Annual administration report of the Civil Veterinary Department of India - 1897-1898
Year: 1897
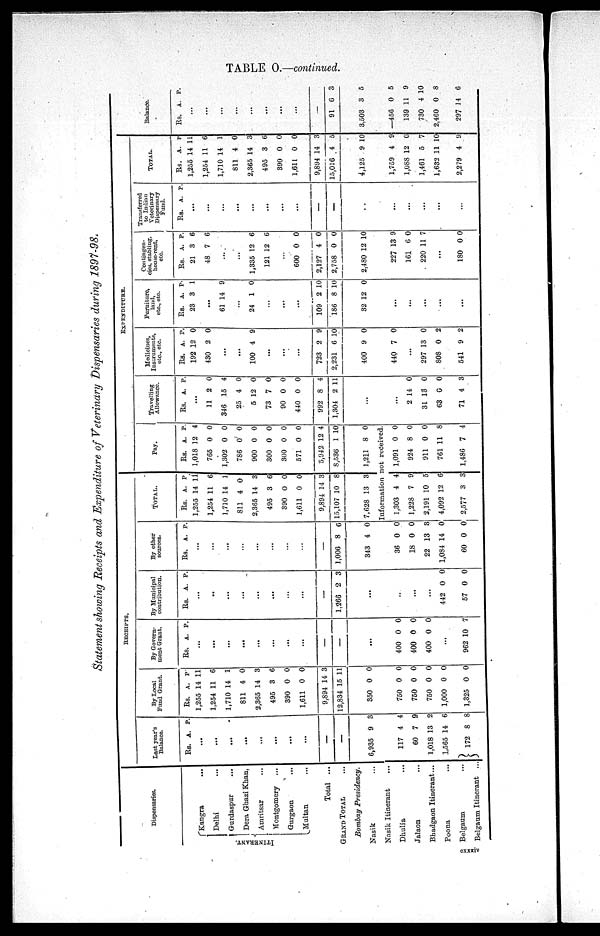
TABLE O.—continued.
Statement showing Receipts and Expenditure of Veterinary Dispensaries during 1897-98.
Dispensaries.
ITINERANT.
Kangra ...
Delhi ...
Gurdaspur
...
Dera Ghazi Khan,
Amritsar ...
Montgomery ...
Gnrgaon
...
Multan ...
Total
...
GRAND TOTAL ...
Bombay
Presidency.
Nasik ...
Nasik Itinerant ...
Dhulia ...
Jalaon ...
Bhadgaon Itinerant ...
Poona ...
Belgaum ...
Belgaum Itinerant
...
RECEIPTS.
Last year's
Balance.
Rs.
...
...
...
...
...
...
...
...
—
—
6,935
117
60
1,018
1,565
172
A.
9
4
7
13
14
8
P.
3
4
9
2
6
8
By Local
Fund Grant.
Rs.
1,255
1,254
1,710
811
2,365
495
390
1,611
9,894
12,834
350
750
750
750
1,000
1,325
A.
14
11
14
4
14
3
0
0
14
15
0
0
0
0
0
0
P
11
6
1
0
3
6
0
0
3
11
0
0
0
0
0
0
By Govern-
ment Grant.
Rs.
...
...
...
...
...
...
...
...
—
—
...
400
400
400
...
962
A.
0
0
0
10
P.
0
0
0
7
By Municipal
contribution.
Rs.
...
...
...
...
...
...
...
...
—
1,266
...
...
...
...
442
57
A.
2
0
0
P.
3
0
0
By other
sources.
Rs.
...
...
...
...
...
...
...
...
—
1,006
343
36
18
22
1,084
60
A.
8
4
0
0
13
14
0
P.
6
0
0
0
3
0
0
TOTAL.
Rs.
1,255
1,254
1,710
811
2,365
495
390
1,611
9,894
15,107
7,628
A.
14
11
14
4
14
3
0
0
14
10
13
P.
11
6
1
0
3
6
0
0
3
8
3
EXPENDITURE.
Pay.
Rs.
1,018
765
1,302
786
900
300
300
571
5,942
8,536
1,211
A.
12
0
0
0
0
0
0
0
12
1
8
P.
4
0
0
0
0
0
0
0
4
10
0
Information not received.
1,303
1,228
2,191
4,092
2,577
4
7
10
12
3
4
9
5
6
3
1,091
924
911
761 1
1,486
0
8
0
1
7
0
0
0
8
4
Travelling
Allowances.
Rs.
...
11
346
25
5
73
90
440
992
1,304
...
...
2
31
63
71
A.
2
15
4
12
7
0
0
8
2
14
13
0
4
P.
0
4
0
0
0
0
0
4
11
0
0
0
3
Medicines,
Instruments
etc., etc.
Rs.
192
430
...
...
100
...
...
...
723
2,231
400
440
...
297 1
808
541
A.
12
2
4
2
6
9
7
3
0
9
P.
0
0
9
9
10
0
0
0
2
2
Furniture
lanand
etc., etc.
Rs.
23
...
61
...
24
...
...
...
109
186
32
...
...
...
...
...
A.
3
14
1
2
8
12
P.
1
9
0
10
10
0
Contingen-
cies, stabling,
house-rent
etc.
Rs.
21
48
...
...
1,335
121
600
2,127
2,758
2,480 1
227
161
220
...
180
A.
3
7
12
12
0
4
0
2 1
13
6
11
0
P.
6
6
6
6
0
0
0
0
9
0
7
0
Transferred
to Indian
Veterinary
Dispensary
Fund.
Rs.
...
...
...
...
...
...
...
...
—
—
...
...
...
...
...
A.
P.
TOTAL.
Rs.
1,255
1,254
1,710
811
2,365
495
390
1,611
9,894
15,016
4,125
1,759
1,088
1,461
1,632
2,279
A.
14
11
14
4
14
3
0
0
14
4
9
4
12
5
11
4
P.
11
6
1
0
3
6
0
0
3
5
10
9
0
7
10
9
Balance.
Rs.
...
...
...
...
...
...
...
...
—
91
3,503
—456
139
730
2,460
297
A.
6
3
0
11
4
0
14
P.
3
5
5
9
10
8
6
cxxxiv